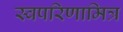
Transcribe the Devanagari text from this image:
स्वपरिणामित्र